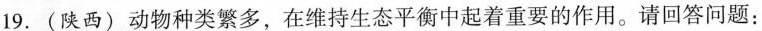
19.(陕西)动物种类繁多，在维持生态平衡中起着重要的作用。请回答问题：